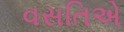
વસતિએ